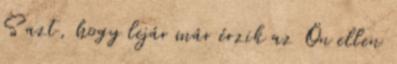
S azt, hogy lejár már érzik az Ön ellen